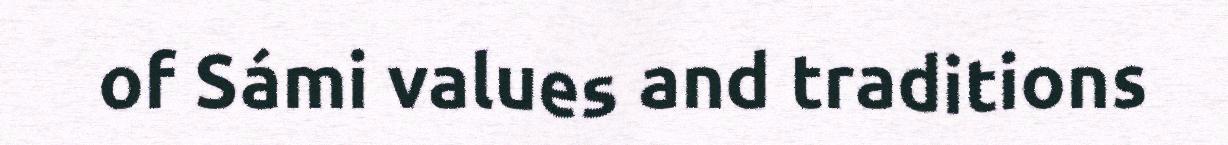
of Sámi values and traditions